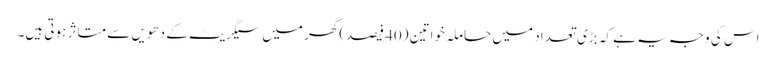
اس کی وجہ یہ ہے کہ بڑی تعداد میں حاملہ خواتین (40 فیصد)گھر میں سیگریٹ کے دھویں سے متاثر ہوتی ہیں۔